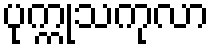
ပုက္ကုသကုလာ